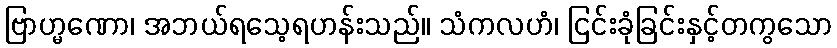
ဗြာဟ္မဏော၊ အဘယ်ရသေ့ရဟန်းသည်။ သံကလဟံ၊ ငြင်းခုံခြင်းနှင့်တကွသော